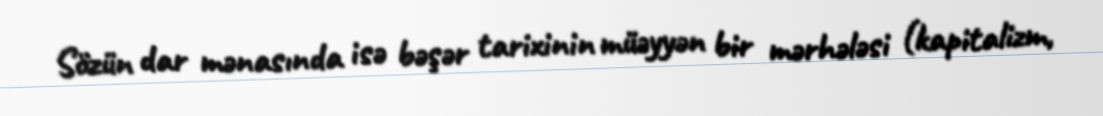
Sözün dar mənasında isə bəşər tarixinin müəyyən bir mərhələsi (kapitalizm,